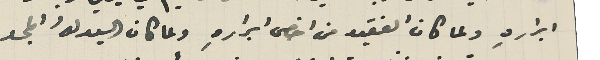
ابرارهِ ولما كان الفقيد من اخص ابرارهِ ولما كان السيد لهُ المجد